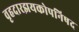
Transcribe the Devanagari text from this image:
वृहदारझयकोपनिषद